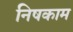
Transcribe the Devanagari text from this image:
निषकाम